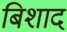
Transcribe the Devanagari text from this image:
बिशाद